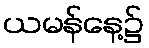
ယမန်နေ့၌